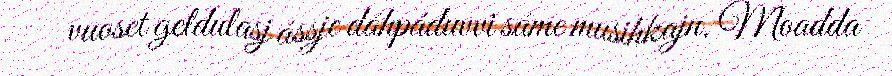
vuoset geldulasj ássje dáhpáduvvi sáme musihkajn. Moadda